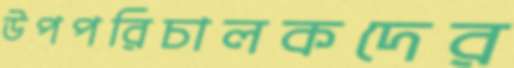
উপপরিচালকদের